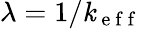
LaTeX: \lambda=1/\mathit{k}_{\mathrm{{~e~f~f~}}}